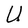
Character: U